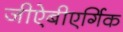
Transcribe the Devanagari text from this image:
जीऐबीएर्गिक